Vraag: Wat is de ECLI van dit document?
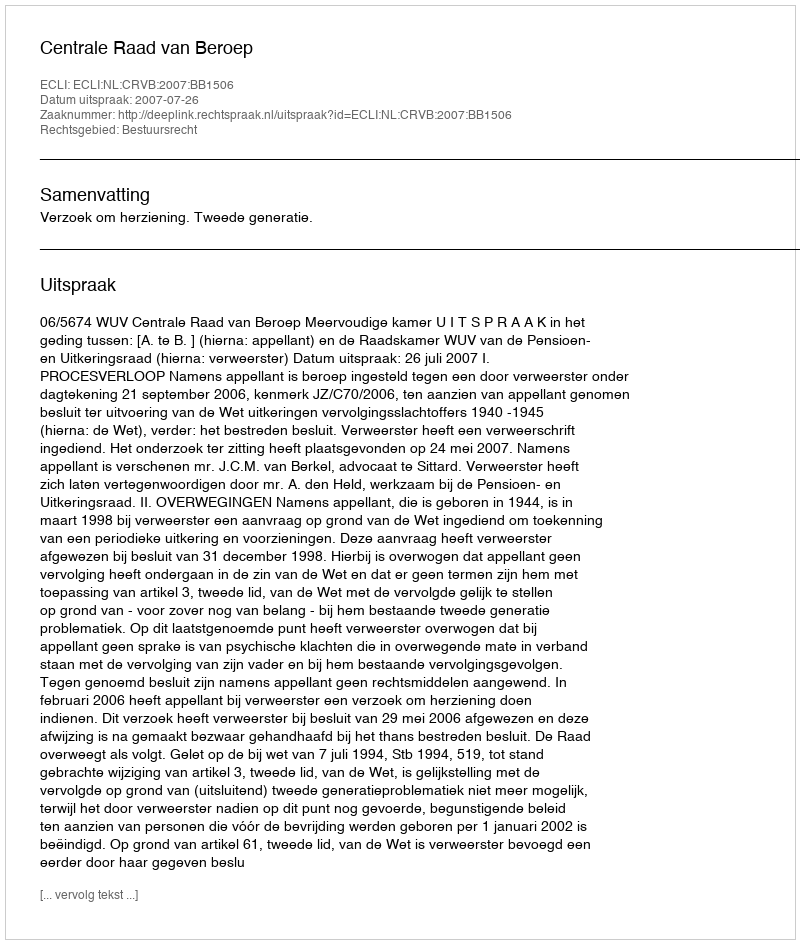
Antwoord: ECLI:NL:CRVB:2007:BB1506